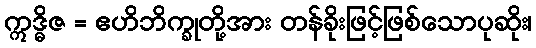
ဣဒ္ဓိဇ = ဧဟိဘိက္ခုတို့အား တန်ခိုးဖြင့်ဖြစ်သောပုဆိုး၊